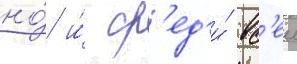
но́ и́ ср'ед'и́ вс'еи